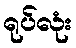
ရုပ်လုံး